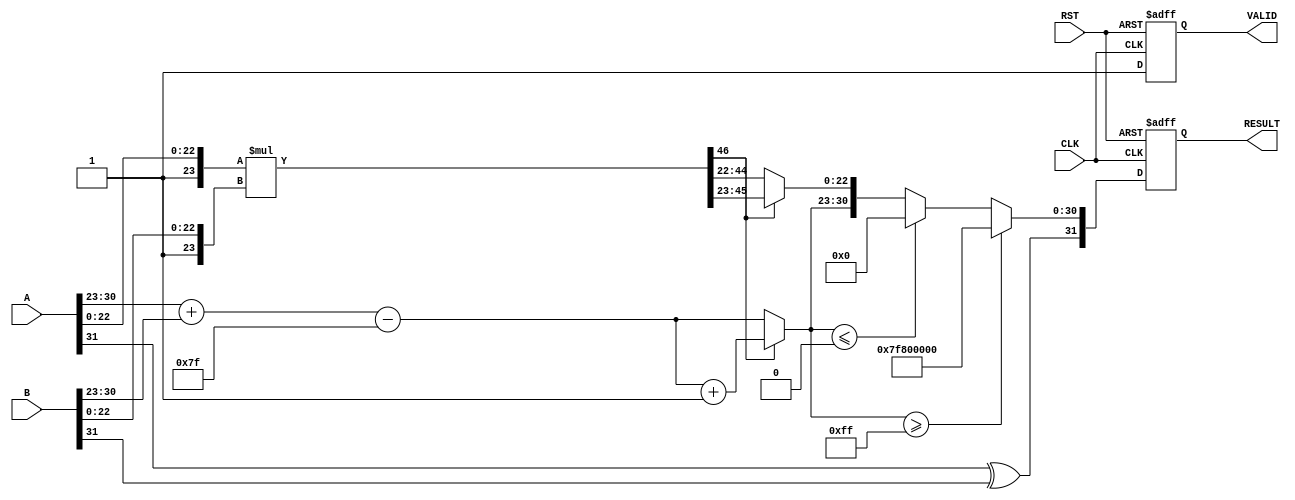
module floating_point_multiplier #(
    parameter DATA_WIDTH = 32 // Change to 64 for double-precision
)(
    input  wire [DATA_WIDTH-1:0] A, // First floating-point operand
    input  wire [DATA_WIDTH-1:0] B, // Second floating-point operand
    input  wire CLK,                // Clock signal
    input  wire RST,                // Reset signal
    output reg [DATA_WIDTH-1:0] RESULT, // Result of multiplication
    output reg VALID                // Result valid signal
);

    // Constants for single and double precision
    localparam EXPONENT_WIDTH = (DATA_WIDTH == 32) ? 8 : 11;
    localparam MANTISSA_WIDTH = (DATA_WIDTH == 32) ? 23 : 52;
    localparam EXPONENT_BIAS = (DATA_WIDTH == 32) ? 127 : 1023;

    // Internal signals
    wire [EXPONENT_WIDTH-1:0] exp_A, exp_B;
    wire [MANTISSA_WIDTH:0] mant_A, mant_B; // Include implicit leading bit
    wire [2*MANTISSA_WIDTH:0] mant_product; // Product of mantissas
    reg [EXPONENT_WIDTH-1:0] exp_result;
    reg [MANTISSA_WIDTH:0] mant_result;
    reg sign_result;

    // Extract sign, exponent, and mantissa
    wire sign_A = A[DATA_WIDTH-1];
    wire sign_B = B[DATA_WIDTH-1];
    
    assign exp_A = A[DATA_WIDTH-2:DATA_WIDTH-1-EXPONENT_WIDTH];
    assign exp_B = B[DATA_WIDTH-2:DATA_WIDTH-1-EXPONENT_WIDTH];
    assign mant_A = {1'b1, A[MANTISSA_WIDTH-1:0]}; // Implicit leading 1
    assign mant_B = {1'b1, B[MANTISSA_WIDTH-1:0]}; // Implicit leading 1

    // Mantissa multiplication
    assign mant_product = mant_A * mant_B;

    always @(posedge CLK or posedge RST) begin
        if (RST) begin
            RESULT <= 0;
            VALID <= 0;
        end else begin
            // Calculate result sign
            sign_result = sign_A ^ sign_B;

            // Calculate result exponent
            exp_result = exp_A + exp_B - EXPONENT_BIAS;

            // Normalize mantissa
            if (mant_product[2*MANTISSA_WIDTH] == 1'b1) begin
                // Normalized case
                mant_result = mant_product[2*MANTISSA_WIDTH-1:MANTISSA_WIDTH];
                exp_result = exp_result + 1; // Adjust exponent
            end else begin
                // Denormalized case
                mant_result = mant_product[2*MANTISSA_WIDTH-2:MANTISSA_WIDTH-1];
                // Additional normalization logic may be needed here
            end

            // Handle overflow/underflow
            if (exp_result >= (1 << EXPONENT_WIDTH) - 1) begin
                // Set to infinity
                RESULT <= {sign_result, {EXPONENT_WIDTH{1'b1}}, {MANTISSA_WIDTH{1'b0}}};
            end else if (exp_result <= 0) begin
                // Set to zero
                RESULT <= {sign_result, {EXPONENT_WIDTH{1'b0}}, {MANTISSA_WIDTH{1'b0}}};
            end else begin
                // Assemble result
                RESULT <= {sign_result, exp_result[EXPONENT_WIDTH-1:0], mant_result[MANTISSA_WIDTH-1:0]};
            end

            // Set valid signal
            VALID <= 1;
        end
    end

endmodule